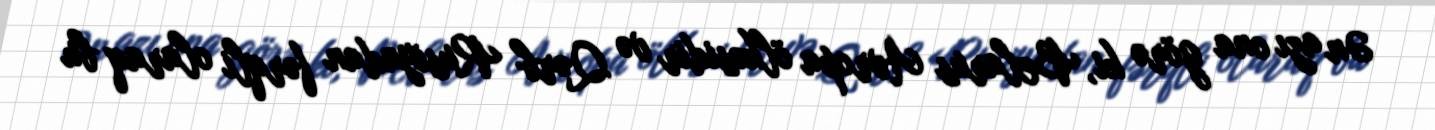
Ən azı ona görə ki, Belarus Avropa ölkəsidir və Qərb Rusiyadan fərqli olaraq bu